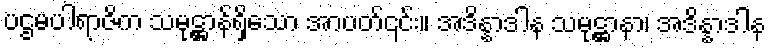
ပဌမပါရာဇိက သမုဋ္ဌာန်ရှိသော အာပတ်၎င်း။ အဒိန္နာဒါန သမုဋ္ဌာနာ၊ အဒိန္နာဒါန